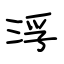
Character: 浮